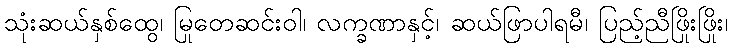
သုံးဆယ်နှစ်ထွေ၊ မြုတေဆင်းဝါ၊ လက္ခဏာနှင့်၊ ဆယ်ဖြာပါရမီ၊ ပြည့်ညီဖြိုးဖြိုး၊